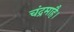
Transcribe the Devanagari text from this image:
चंद्रमाहै।